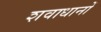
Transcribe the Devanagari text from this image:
शवाधानों